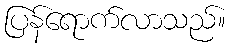
ပြန်ရောက်လာသည်။